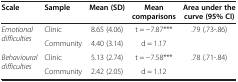
| Scale | Sample | Mean (SD) | Mean comparisons | Area under the curve (95% CI) |
 | --- | --- | --- | --- | --- |
 | <ROWSPAN=2> Emotional difficulties | Clinic | 8.65 (4.06) | t = -7.87*** | <ROWSPAN=2> .79 (.73-.86) |
 | Community | 4.40 (3.14) | d = 1.17 |
 | <ROWSPAN=2> Behavioural difficulties | Clinic | 5.13 (2.74) | t = -7.58*** | <ROWSPAN=2> .78 (.71-.84) |
 | Community | 2.42 (2.05) | d = 1.12 |